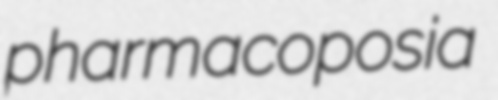
pharmacoposia